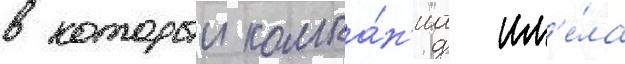
в которыи компа́н'иа им'е́ла